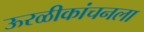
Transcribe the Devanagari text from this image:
ऊरळीकांचनला